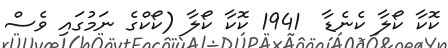
ކޮކާ ކޯލާ ކެނެޑާ  1941 ކޮކާ ކޯލާ (ކޯކްގެ ނަމުގައި ވެސް